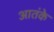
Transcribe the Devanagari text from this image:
आतंके